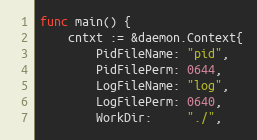
Language: Go
func main() {
	cntxt := &daemon.Context{
		PidFileName: "pid",
		PidFilePerm: 0644,
		LogFileName: "log",
		LogFilePerm: 0640,
		WorkDir:     "./",